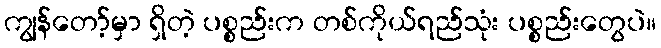
ကျွန်တော့်မှာ ရှိတဲ့ ပစ္စည်းက တစ်ကိုယ်ရည်သုံး ပစ္စည်းတွေပဲ။